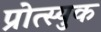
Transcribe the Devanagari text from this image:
प्रोत्स्युक